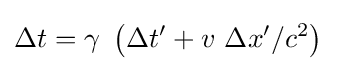
\Delta t=\gamma \ \left(\Delta t'+v\ \Delta x'/c^{2}\right)\